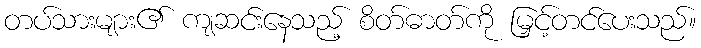
တပ်သားများ၏ ကျဆင်းနေသည့် စိတ်ဓာတ်ကို မြှင့်တင်ပေးသည်။